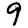
Digit: 9